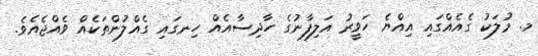
މ. މުލަކު ގެއެއްގައި އިއްޔެ ހަވީރު އަލިފާނުގެ ހާދިސާއެއް ހިނގައި ގެއްލުންތަކެއް ވެއްޖެއެވެ.